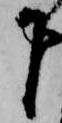
下